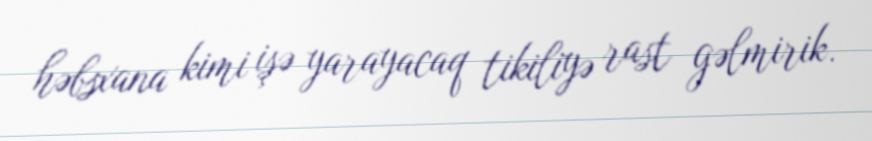
həbsxana kimi işə yarayacaq tikiliyə rast gəlmirik.